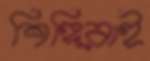
শিঙ্গিরাই